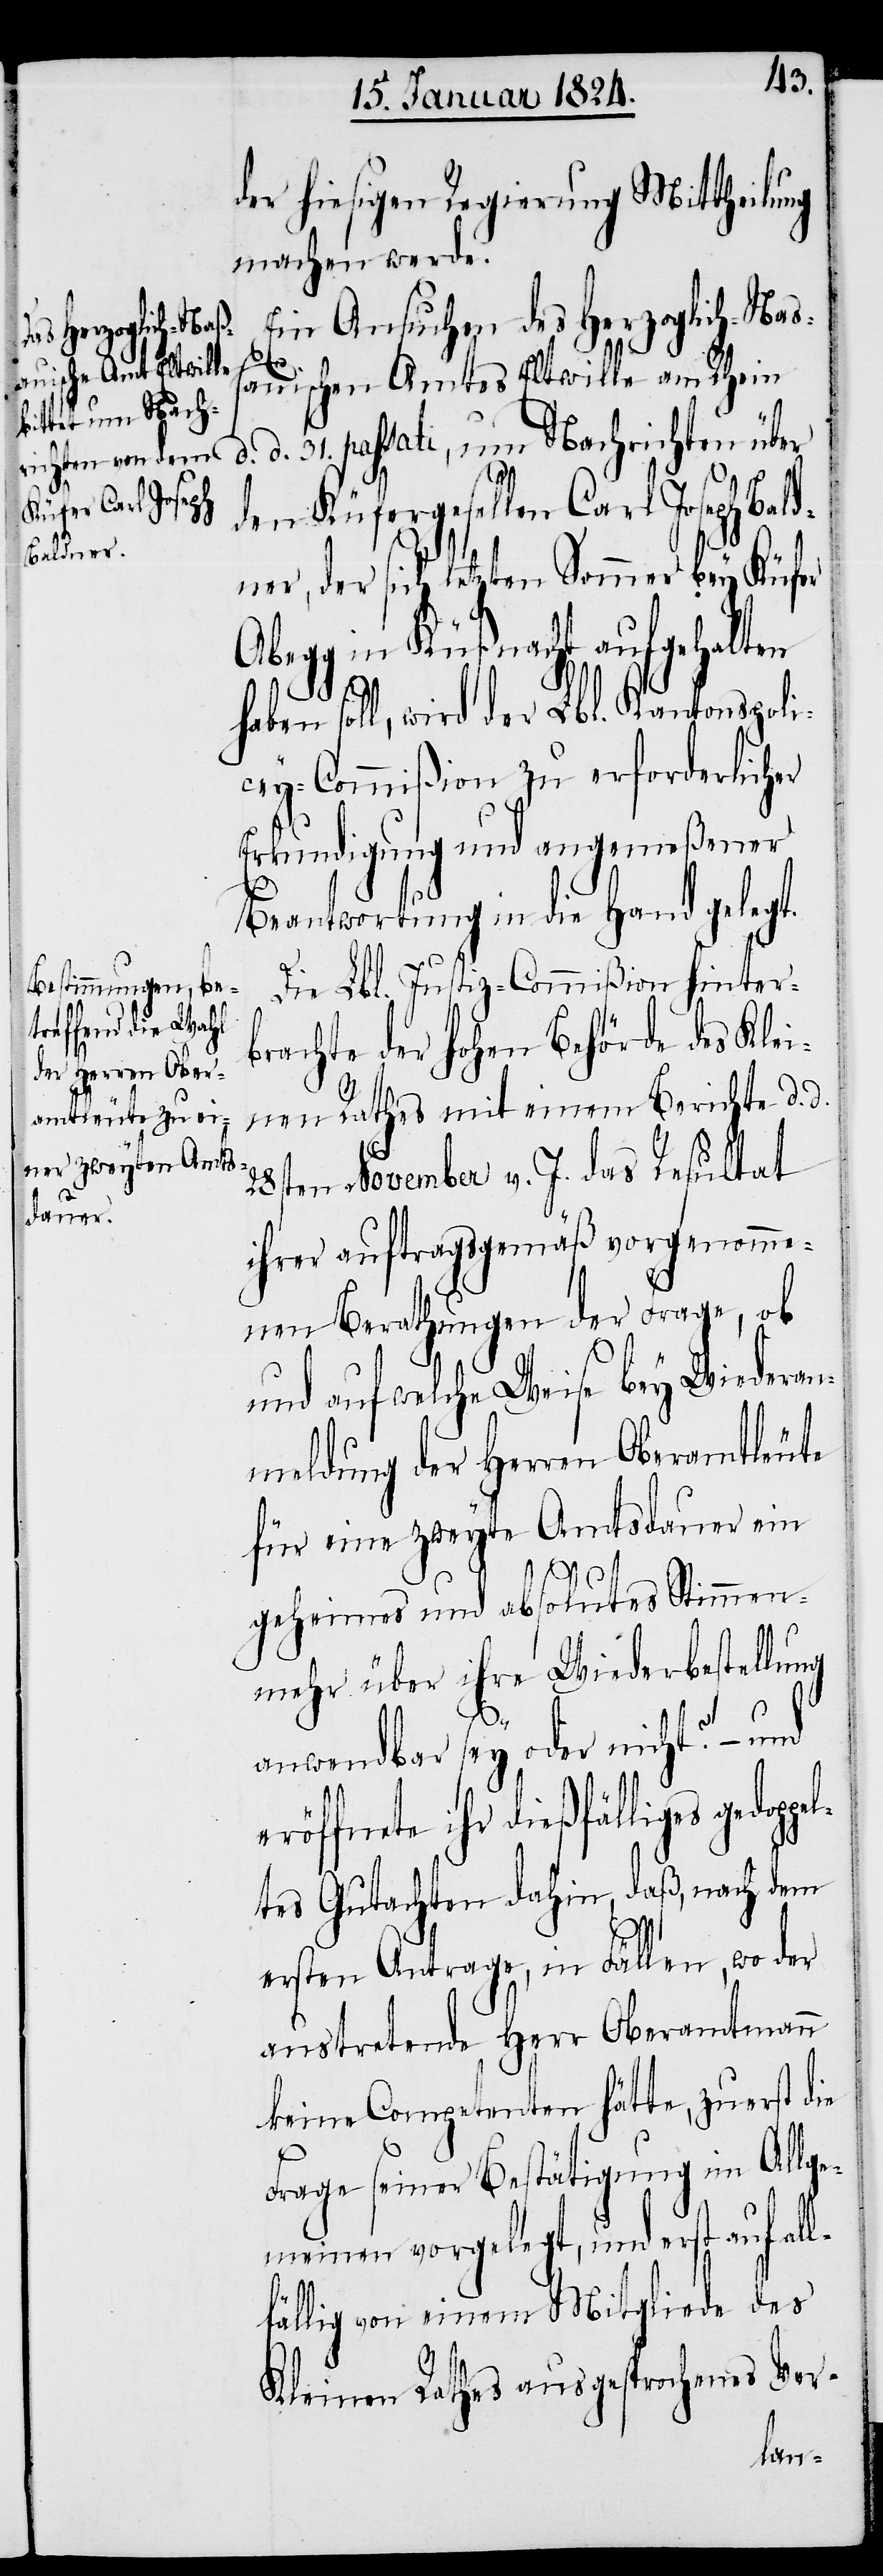
dner,

der hiesigen Regierung Mittheilung
machen werde.
Ein Ansuchen des Herzoglich-Naß¬
auischen Amtes Eltwille am Rhein
d. 31. passati, um Nachrichten über
den Küfergesellen Carl Joseph Bal¬
der sich letzten Sommer bey Küfer
Abegg in Küßnacht aufgehalten
haben soll, wird der Lbl. Kantonspoli¬
zey-Commißion zu erforderlicher
Erkundigung und angemeßener
Beantwortung in die Hand gelegt.
Die Lbl. Justiz-Commißion hinter¬
brachte der hohen Behörde des Klei¬
nen Rathes mit einem Berichte d. d.
28sten November v. J. das Resultat
ihrer auftragsgemäß vorgenomme¬
nen Berathungen der Frage, ob
und auf welche Weise bey Wiederan¬
meldung der Herren Oberamtleute
für eine zweyte Amtsdauer ein
pe¬
geheimes und absolutes Stimmen¬
mehr über ihre Wiederbestellung
anwendbar sey oder nicht? – und
röffnete ihr dießfälliges gedop¬
ltes Gutachten dahin, daß, nach dem
ersten Antrage, in Fällen, wo der
austretende Herr Oberamtmann
keine Competenten hätte, zuerst die
Frage seiner Bestätigung im Allge¬
meinen vorgelegt, und erst auf¬
fällig von einem Mitgliede des
Kleinen Rathes ausgesprochenes Ver-